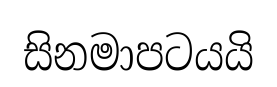
සිනමාපටයයි